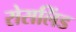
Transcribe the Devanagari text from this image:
रोसलिंड